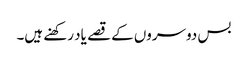
بس دوسروں کے قصے یاد رکھنے ہیں۔